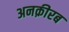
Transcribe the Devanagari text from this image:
अनक़ीरब